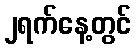
၂ရက်နေ့တွင်